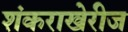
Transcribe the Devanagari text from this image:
शंकराखेरीज